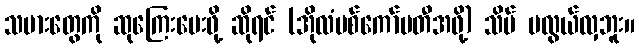
သမားတွေကို ဆုကြေးပေးဖို့ ဆိုရင် (အိုလံပစ်ကော်မတီအဖို့) သိပ် မလွယ်လှဘူး။